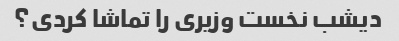
دیشب نخست وزیری را تماشا کردی؟